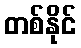
တစ်နိုင်